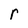
Character: r